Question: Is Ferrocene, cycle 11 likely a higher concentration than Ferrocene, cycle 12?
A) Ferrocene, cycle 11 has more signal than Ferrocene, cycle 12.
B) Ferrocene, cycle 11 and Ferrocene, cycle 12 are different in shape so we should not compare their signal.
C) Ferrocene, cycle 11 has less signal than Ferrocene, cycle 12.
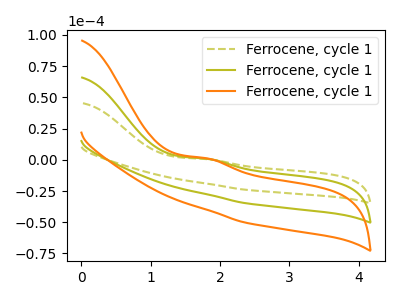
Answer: <think>The olive dashed curve "Ferrocene, cycle 11" has an anodic peak at: (1.80V, 0.60uA). The olive curve "Ferrocene, cycle 12" has an anodic peak at: (1.80V, 0.85uA). The orange curve "Ferrocene, cycle 13" has an anodic peak at: (1.80V, 1.65uA).
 All the peaks in "Ferrocene, cycle 11" have a peak in "Ferrocene, cycle 12" at the same potential. Every peak in "Ferrocene, cycle 11" is lower than every peak in "Ferrocene, cycle 12".</think>
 <answer>C) "Ferrocene, cycle 11" has less signal than "Ferrocene, cycle 12".</answer>
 <eval>C</eval>